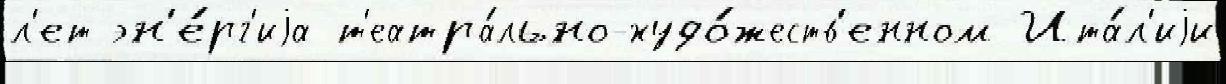
л'ет эн'е́рг'иjа т'еатра́льно-худо́жеств'енном Ита́л'иjи